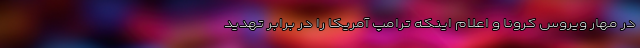
در مهار ویروس کرونا و اعلام اینکه ترامپ آمریکا را در برابر تهدید